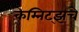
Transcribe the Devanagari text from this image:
केम्निट्झचे